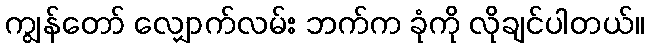
ကျွန်တော် လျှောက်လမ်း ဘက်က ခုံကို လိုချင်ပါတယ်။